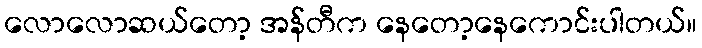
လောလောဆယ်တော့ အန်တီက နေတော့နေကောင်းပါတယ်။